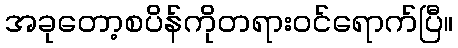
အခုတော့စပိန်ကိုတရားဝင်ရောက်ပြီ။